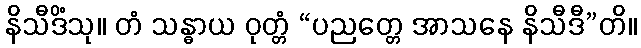
နိသီဒိံသု။ တံ သန္ဓာယ ဝုတ္တံ “ပညတ္တေ အာသနေ နိသီဒီ”တိ။